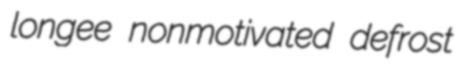
longee nonmotivated defrost